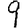
Digit: 9